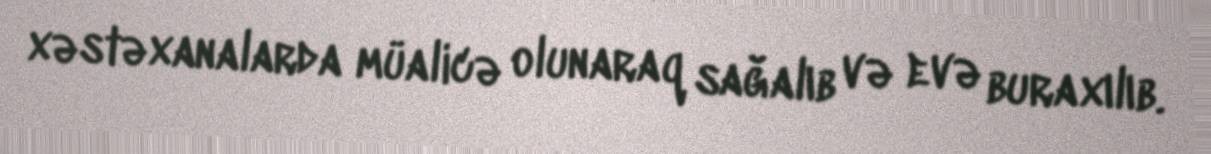
xəstəxanalarda müalicə olunaraq sağalıb və evə buraxılıb.